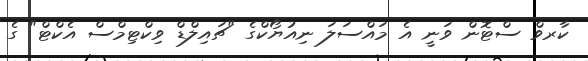
ކާރވް ސްޓޮން ވަނީ އެ މައްސަލަ ނިއުޔޯކްގެ "ޗައިލްޑް ވިކްޓިމްސް އެކްޓް" ގެ